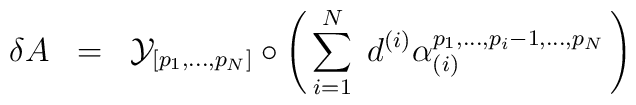
\delta A \;\; = \;\; {\cal{Y}}_{[ p_1 ,..., p_N ]} \circ \left( \,\sum^N_{i=1}\; d^{(i)} \alpha_{(i)}^{p_1 ,...,p_i -1 ,...,p_N } \,\right)